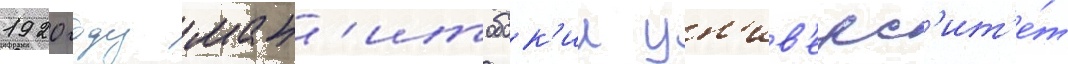
1920 году ман'итобск'ии ун'ив'ерс'ит'е́т